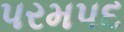
પરમપદ